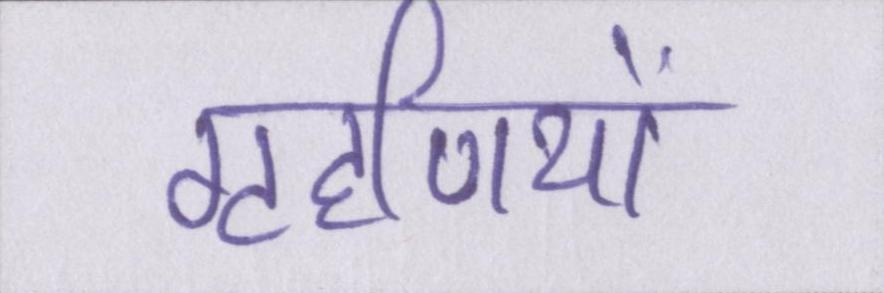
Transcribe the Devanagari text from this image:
गृहणियों